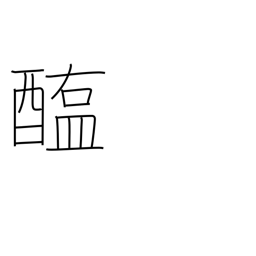
Meaning: salted meat